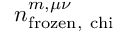
n _ { \mathrm { f r o z e n , \ c h i } } ^ { m , \mu \nu }